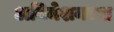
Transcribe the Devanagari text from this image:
अनिमेशनच्या